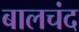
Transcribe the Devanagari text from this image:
बालचंद